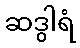
ဆဒွါရံ